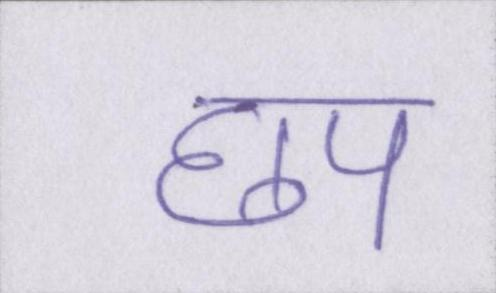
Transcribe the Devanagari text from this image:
छप